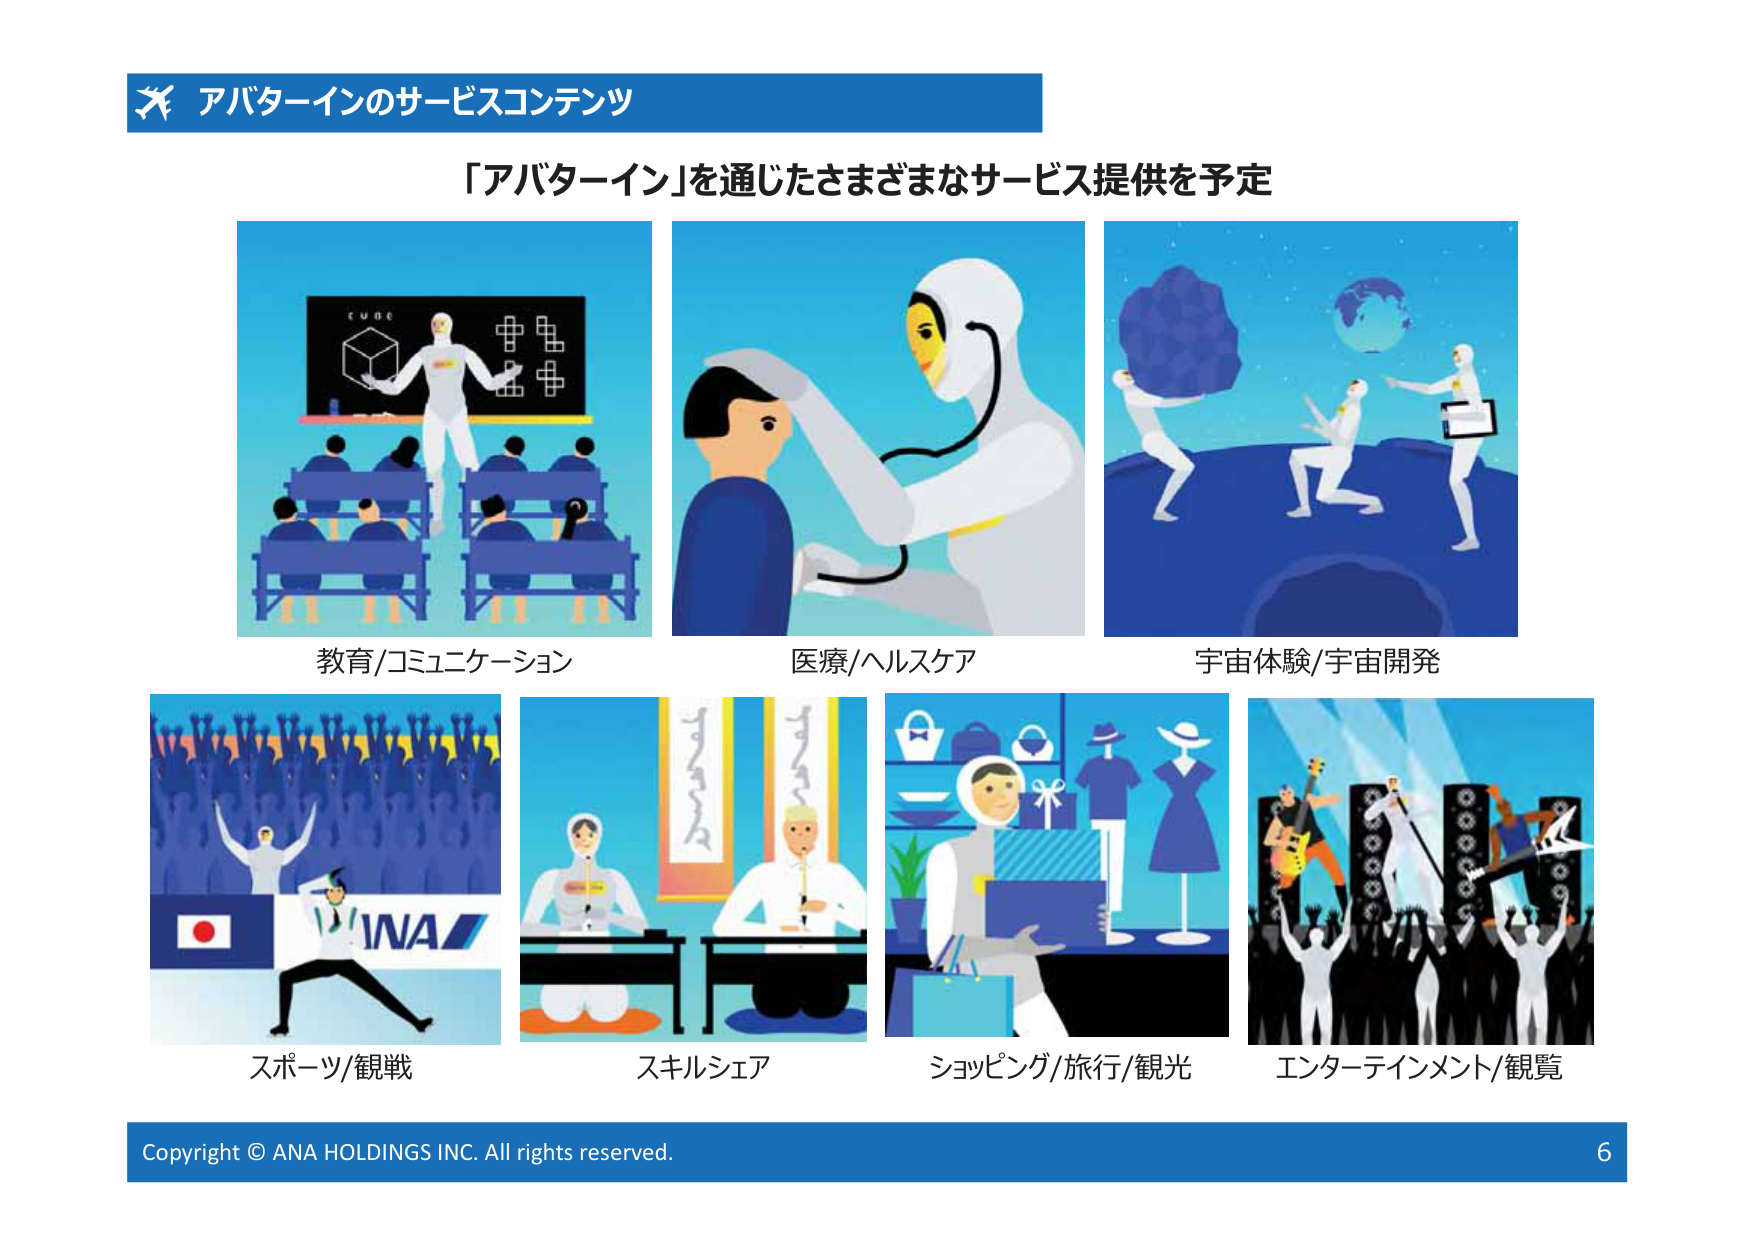
アバターインのサービスコンテンツ
「アバターイン」を通じたさまざまなサービス提供を予定

教育/コミュニケーション
医療/ヘルスケア
宇宙体験/宇宙開発
スポーツ/観戦
スキルシェア
ショッピング/旅行/観光
エンターテインメント/観覧

Copyright © ANA HOLDINGS INC. All rights reserved.
6